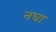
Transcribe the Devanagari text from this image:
नघा